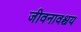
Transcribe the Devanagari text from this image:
जीवनावश्चय